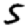
Digit: 5